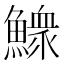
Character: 𩻴